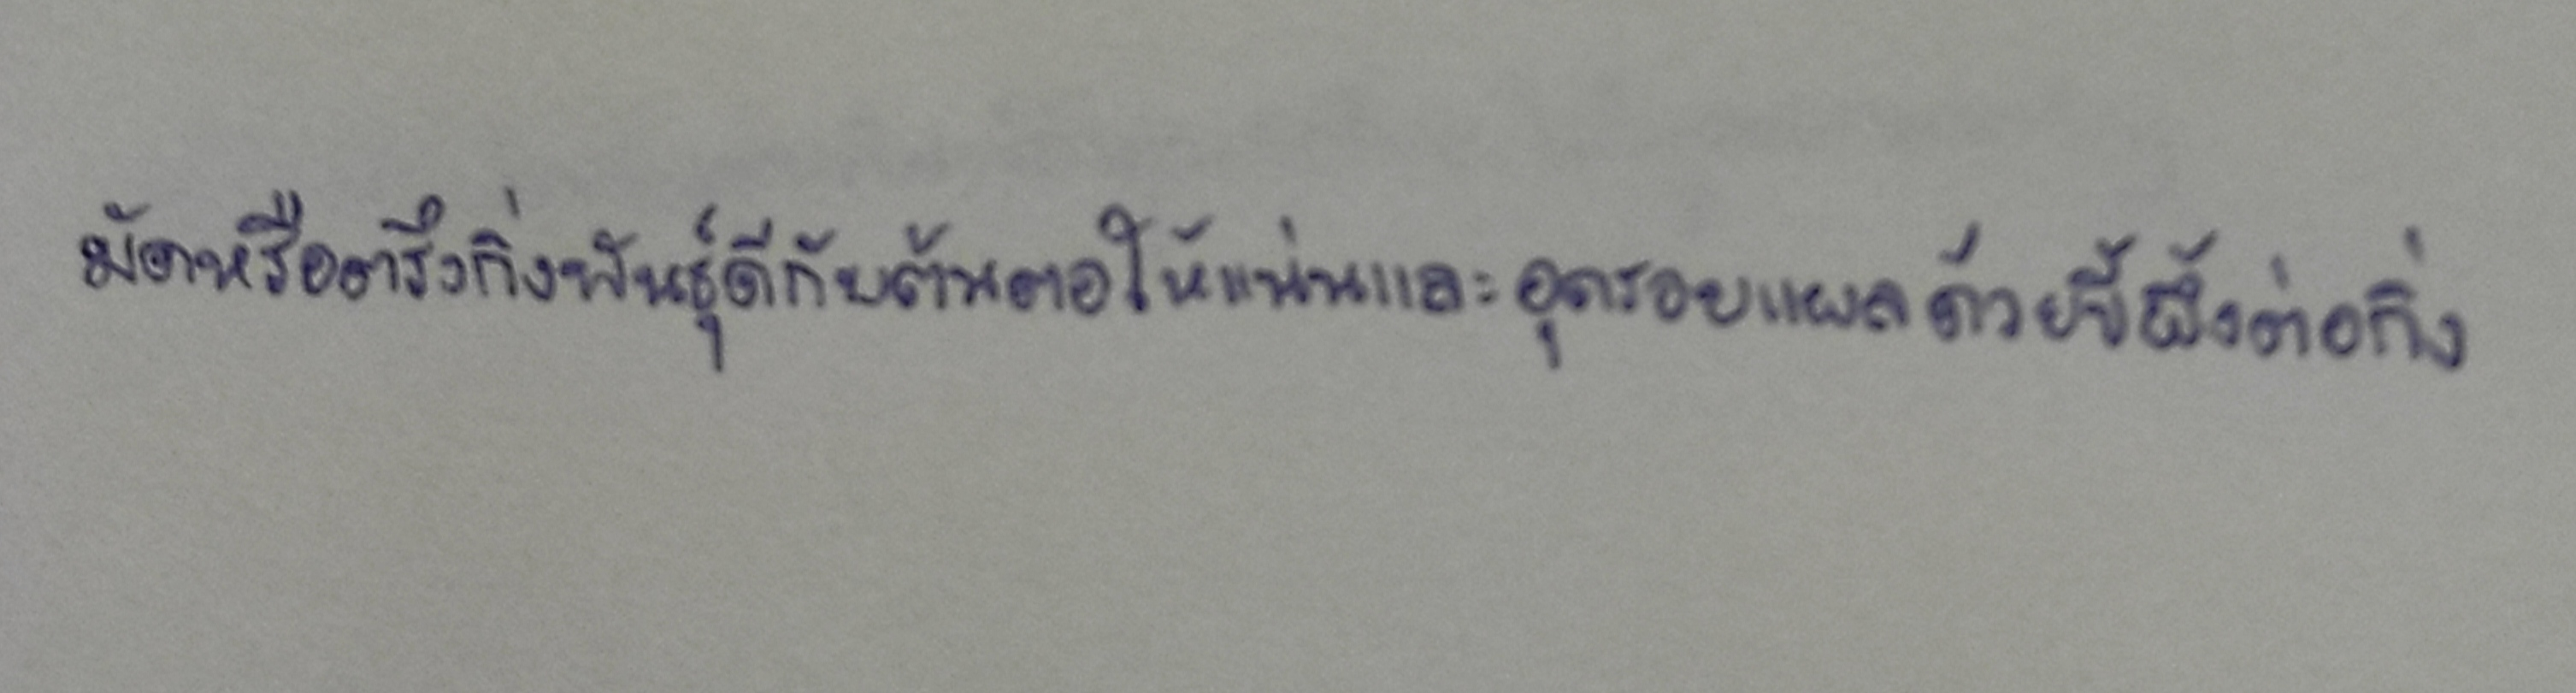
มัดหรือตรึงกิ่งพันธุ์ดีกับต้นตอให้แน่นและอุดรอยแผลด้วยขี้ผึ้งต่อกิ่ง